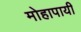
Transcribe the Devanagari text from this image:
मोहापायी